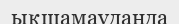
ықшамауданда